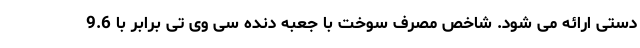
دستی ارائه می شود. شاخص مصرف سوخت با جعبه دنده سی وی تی برابر با 9.6